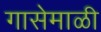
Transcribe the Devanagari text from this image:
गासेमाळी